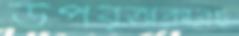
উপবৃত্তাকারচ